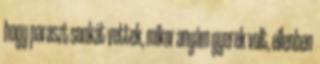
hogy paraszt sonkát vettek, mikor anyám gyerek volt, ellenben